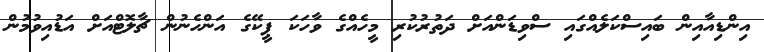
އިންޑިއާއިން ބައިސްކަލެއްގައި ސްވިޑަންއަށް ދަތުރުކުރި މީހެއްގެ ވާހަކަ ޕީކޭގެ އަންހެނުން ޗާލޮޓްއަށް އަޑުއިވުމުން